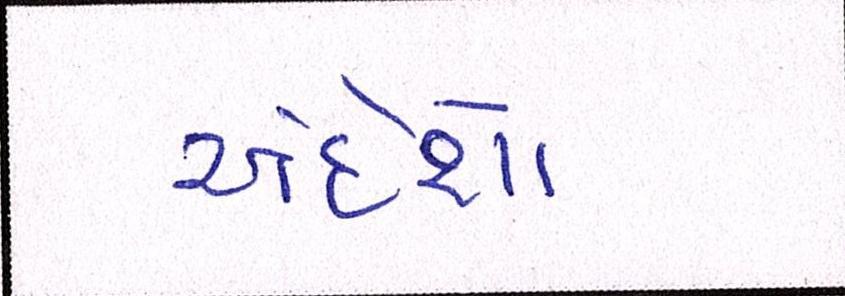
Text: અંદેશો